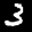
Label: 3